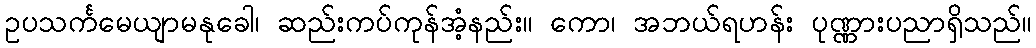
ဥပသင်္ကမေယျာမနုခေါ၊ ဆည်းကပ်ကုန်အံ့နည်း။ ကော၊ အဘယ်ရဟန်း ပုဏ္ဏားပညာရှိသည်။